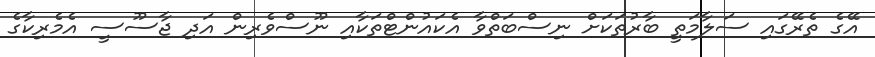
އޭގެ ތެރޭގައި ސަލާމަތީ ބާރުތަކަށް ނިސްބަތްވާ އެކައުންޓްތަކާއި ނޫސްވެރިން އަދި ޖާސޫސީ އެމެރިކާގެ